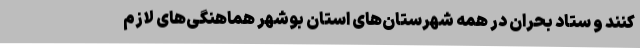
کنند و ستاد بحران در همه شهرستان‌های استان بوشهر هماهنگی‌های لازم